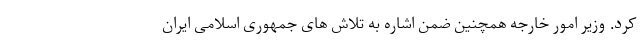
کرد. وزیر امور خارجه همچنین ضمن اشاره به تلاش های جمهوری اسلامی ایران